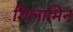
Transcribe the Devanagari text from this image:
गिलामिन